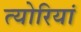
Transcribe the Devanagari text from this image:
त्योरियां